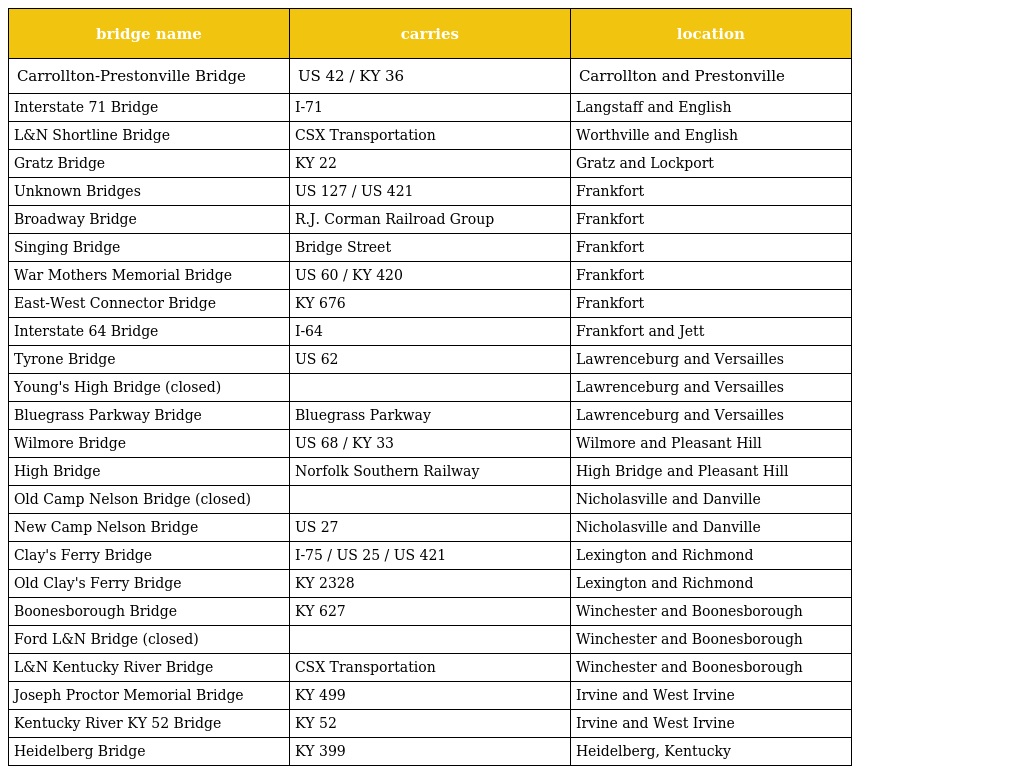
| bridge name | carries | location |
 | --- | --- | --- |
 | Carrollton-Prestonville Bridge | US 42 / KY 36 | Carrollton and Prestonville |
 | Interstate 71 Bridge | I-71 | Langstaff and English |
 | L&N Shortline Bridge | CSX Transportation | Worthville and English |
 | Gratz Bridge | KY 22 | Gratz and Lockport |
 | Unknown Bridges | US 127 / US 421 | Frankfort |
 | Broadway Bridge | R.J. Corman Railroad Group | Frankfort |
 | Singing Bridge | Bridge Street | Frankfort |
 | War Mothers Memorial Bridge | US 60 / KY 420 | Frankfort |
 | East-West Connector Bridge | KY 676 | Frankfort |
 | Interstate 64 Bridge | I-64 | Frankfort and Jett |
 | Tyrone Bridge | US 62 | Lawrenceburg and Versailles |
 | Young's High Bridge (closed) |  | Lawrenceburg and Versailles |
 | Bluegrass Parkway Bridge | Bluegrass Parkway | Lawrenceburg and Versailles |
 | Wilmore Bridge | US 68 / KY 33 | Wilmore and Pleasant Hill |
 | High Bridge | Norfolk Southern Railway | High Bridge and Pleasant Hill |
 | Old Camp Nelson Bridge (closed) |  | Nicholasville and Danville |
 | New Camp Nelson Bridge | US 27 | Nicholasville and Danville |
 | Clay's Ferry Bridge | I-75 / US 25 / US 421 | Lexington and Richmond |
 | Old Clay's Ferry Bridge | KY 2328 | Lexington and Richmond |
 | Boonesborough Bridge | KY 627 | Winchester and Boonesborough |
 | Ford L&N Bridge (closed) |  | Winchester and Boonesborough |
 | L&N Kentucky River Bridge | CSX Transportation | Winchester and Boonesborough |
 | Joseph Proctor Memorial Bridge | KY 499 | Irvine and West Irvine |
 | Kentucky River KY 52 Bridge | KY 52 | Irvine and West Irvine |
 | Heidelberg Bridge | KY 399 | Heidelberg, Kentucky |